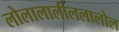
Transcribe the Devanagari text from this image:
लोलालालीललालोल